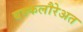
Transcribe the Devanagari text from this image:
बक्कलौरेअत